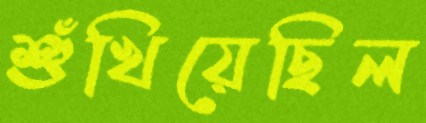
শুঁখিয়েছিল